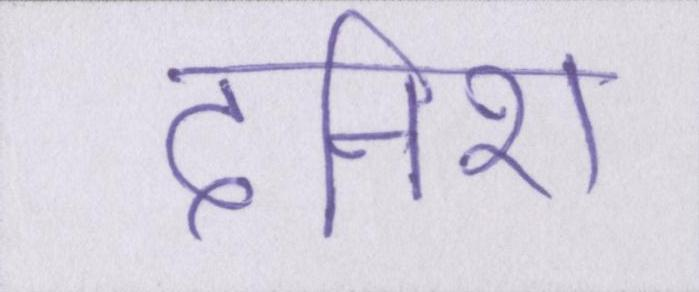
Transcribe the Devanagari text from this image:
दनिश